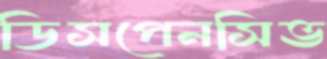
ডিসপেনসিভ